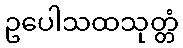
ဥပေါသထသုတ္တံ